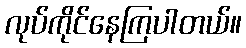
လုပ်ကိုင်နေကြပါတယ်။